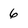
Character: 6